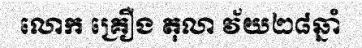
លោក គ្រឿង តុលា វ័យ២៨ឆ្នាំ